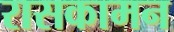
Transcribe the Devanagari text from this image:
रासकामन